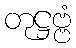
တုဋ္ဌဗ္ဗံ